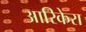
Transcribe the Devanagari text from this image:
आरिकेरा